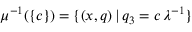
\mu ^ { - 1 } ( \{ c \} ) = \{ ( x , q ) \, | \, q _ { 3 } = c \, \lambda ^ { - 1 } \}